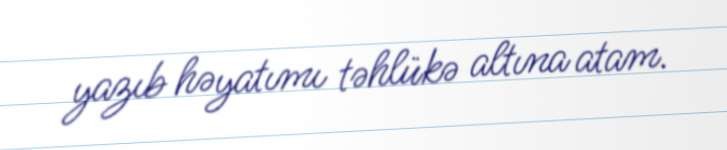
yazıb həyatımı təhlükə altına atam.